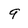
Character: 9